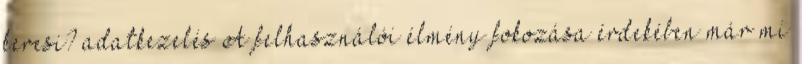
keresi? adatkezelés A felhasználói élmény fokozása érdekében már mi